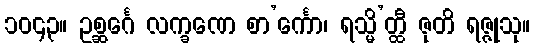
၁၀၄၃။ ဥစ္ဆင်္ဂေ လက္ခဏေ စာ’င်္ကော၊ ရသ္မိ’တ္ထီ ဇုတိ ရဇ္ဇုသု။